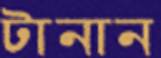
টানান